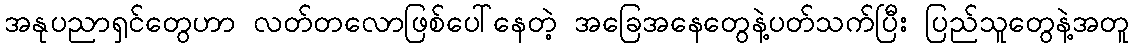
အနုပညာရှင်တွေဟာ လတ်တလောဖြစ်ပေါ်နေတဲ့ အခြေအနေတွေနဲ့ပတ်သက်ပြီး ပြည်သူတွေနဲ့အတူ